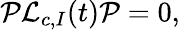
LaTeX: {\mathcal P}{\mathcal L}_{c,I}(t){\mathcal P}=0,